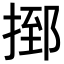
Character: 𢰗